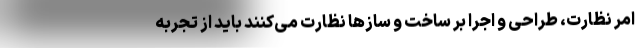
امر نظارت، طراحی و اجرا بر ساخت و سازها نظارت می‌کنند باید از تجربه